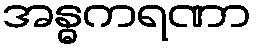
အန္ဓကရဏာ